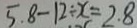
5 . 8 - 1 2 \div x = 2 . 8